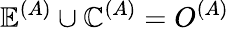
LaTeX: \mathbb{E}^{(A)}\cup\mathbb{C}^{(A)}=O^{(A)}